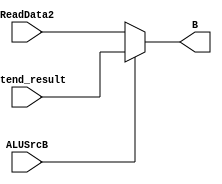
`timescale 1ns / 1ps
module ChooseInputB(
	input ALUSrcB,
	input [31:0] ReadData2,
	input [31:0] extend_result,
	output reg [31:0] B
);
	always@(ALUSrcB or ReadData2 or extend_result) begin
		if(ALUSrcB==0)
			B<=ReadData2;
		else
			B<=extend_result;
	end
endmodule